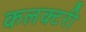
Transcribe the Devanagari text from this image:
कलक्‍टरी